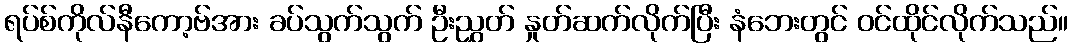
ရပ်စ်ကိုလ်နီကော့ဗ်အား ခပ်သွက်သွက် ဦးညွှတ် နှုတ်ဆက်လိုက်ပြီး နံဘေးတွင် ဝင်ထိုင်လိုက်သည်။